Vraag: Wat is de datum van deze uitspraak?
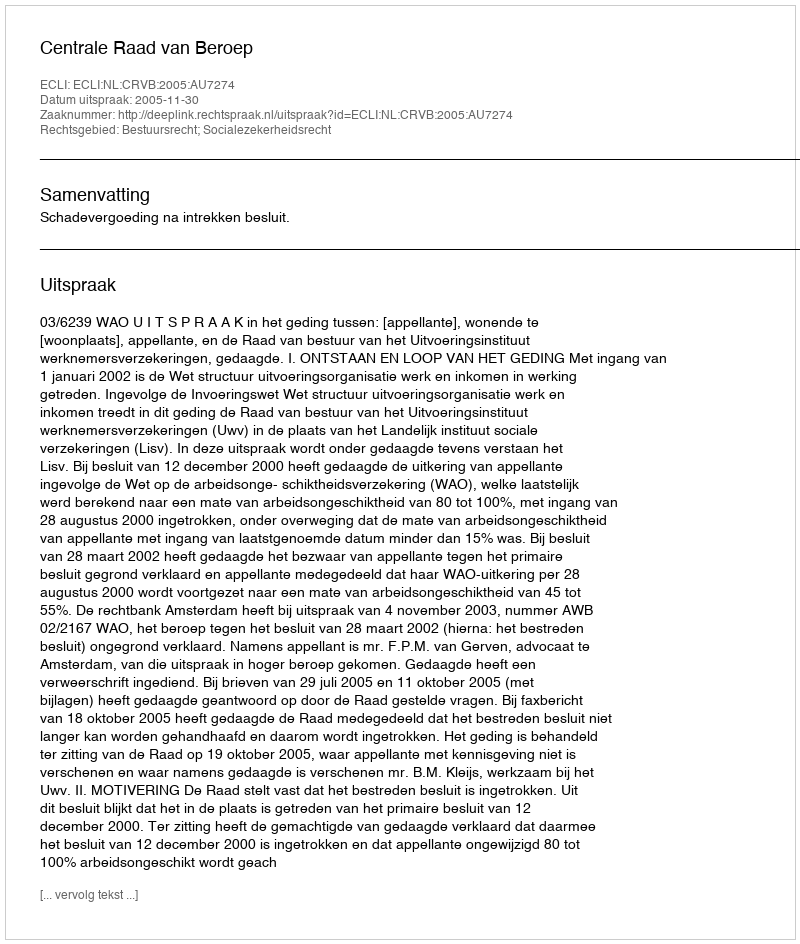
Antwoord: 2005-11-30